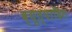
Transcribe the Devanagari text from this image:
व्यूत्पादित